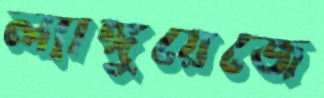
ল্যাঙ্গুয়েজে